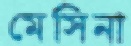
মেসিনা